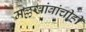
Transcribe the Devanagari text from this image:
मल्लखांबांचीही